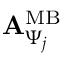
{ \bf A } _ { \Psi _ { j } } ^ { \mathrm { M B } }